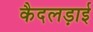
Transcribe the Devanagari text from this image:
कैदलड़ाई